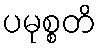
ပမုစ္စတိ